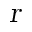
\textsl { r }